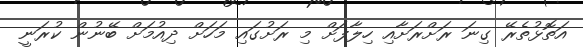
އަތޮޅުތެރޭ ގިނަ ރަށްރަށާއި ހިލާފަށް މި ރަށުގައި މަހަށް ދިއުމަށް ބޭނުން ކުރަނީ